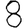
Digit: 8